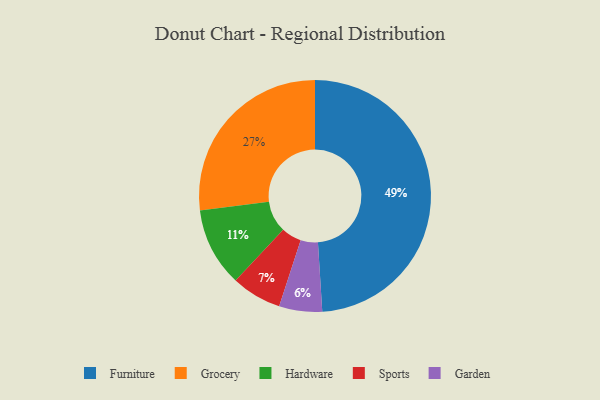
{"axis": {"x": "Category", "y": "Percentage"}, "legend": ["Furniture", "Garden", "Grocery", "Hardware", "Sports"], "data": [{"x": "Garden", "y": 6, "type": "Garden"}, {"x": "Sports", "y": 7, "type": "Sports"}, {"x": "Furniture", "y": 49, "type": "Furniture"}, {"x": "Grocery", "y": 27, "type": "Grocery"}, {"x": "Hardware", "y": 11, "type": "Hardware"}]}